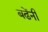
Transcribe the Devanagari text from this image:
बढेंनी